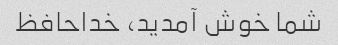
شما خوش آمدید، خداحافظ